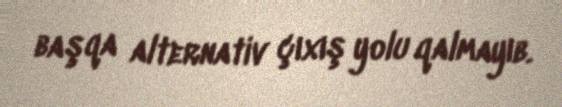
başqa alternativ çıxış yolu qalmayıb.